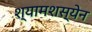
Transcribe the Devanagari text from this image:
श्यामशस्येन